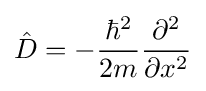
{\hat {D}}=-{{\hbar }^{2} \over {2m}}{\partial ^{2} \over \partial x^{2}}